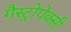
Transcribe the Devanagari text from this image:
गैस्ट्रोपेक्सी